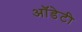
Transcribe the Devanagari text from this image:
ऑडेटी